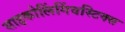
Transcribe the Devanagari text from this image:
साइकोलिंगिंवस्टिक्स